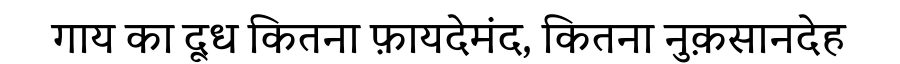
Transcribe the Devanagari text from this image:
गाय का दूध कितना फ़ायदेमंद, कितना नुक़सानदेह